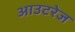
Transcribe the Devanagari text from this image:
आउटरेज